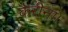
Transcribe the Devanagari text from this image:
कैरीना।